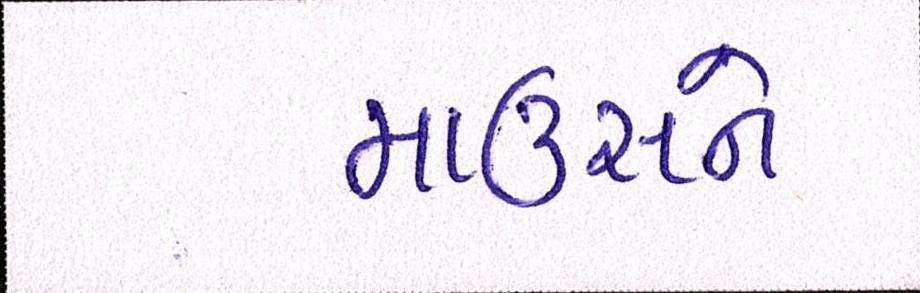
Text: માઉસને